Annual statistical returns and brief notes on vaccination in Bengal - 1909-1929
Year: 1909
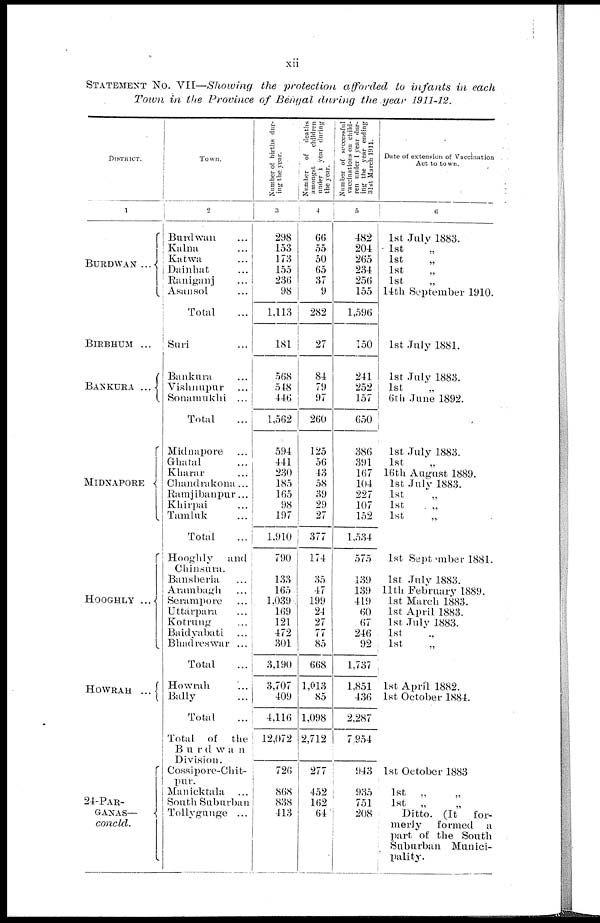
xii
STATEMENT No. VII—Showing the protection afforded to infants in each
Town in the Province of Bengal during the year 1911-12.
DISTRICT.
1
BURDWAN
...
BIRBHUM ...
BANKURA
...
MIDNAPORE
HOOGHLY
...
HOWRAH
...
24-PAR-
GANAS—
concld.
Town.
2
Burdwan ...
Kalna ...
Katwa ...
Dainhat ...
Raniganj ...
Asansol ...
Total ...
Suri ...
Bankura ...
Vishnupur ...
Sonamukhi ...
Total ...
Midnapore ...
Ghatal ...
Kharar ...
Chandrakona ...
Ramjibanpur ...
Khirpai ...
Tamluk ...
Total ...
Hooghly
and
Chinsura.
Bansberha ...
Arambagh ...
Serampore ...
Uttarpara ...
Kotrung ...
Baidyabati ...
Bhadreswar ...
Total ...
Howrah ...
Bally ...
Total ...
Total of
the
Burdwan
Division.
Cossipore-Chit-
pur.
Manicktala ...
South Subnrban
Tollygunge ...
Number of births dur-
ing the year.
3
298
153
173
155
236
98
1,113
181
568
548
446
1,562
594
441
230
185
165
98
197
1,910
790
133
165
1,039
169
121
472
301
3,190
3,707
409
4,116
12,072
726
868
838
413
Number of deaths
amongst
children
under 1 year during
the year.
4
66
55
50
65
37
9
282
27
84
79
97
260
125
56
43
58
39
29
27
377
174
35
47
199
24
27
77
85
668
1,013
85
1,098
2,712
277
452
162
64
Number of successful
vaccinations on child-
ren under 1 year dur-
ing the year ending
31 st March 1911.
5
482
204
265
234
256
155
1,596
150
241
252
157
650
386
391
167
104
227
107
152
1,534
575
139
139
419
60
67
246
92
1,737
1,851
436
2,287
7,954
943
935
751
208
Date of extension of Vaccination
Act to town.
6
1st July 1883.
1st „
1st „
1st „
1st „
14th September 1910.
1st July 1881.
1st July 1883.
1st „
6th June 1892.
1st July 1883.
1st „
16th August 1889.
1st July 1883.
1st „
1st „
1st „
1st September 1881.
1st July 1883.
11th February 1889.
1st March 1883.
1st April 1883.
1st July 1883.
1st „
1st „
1st April 1882.
1st October 1884.
1st October 1883
1st „ „
1st „ „
Ditto. (It
for-
merly
formed a
part of the South
Suburban Munici-
pality.